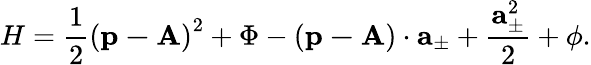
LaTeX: H=\frac{1}{2}\left(\mathbf{p-A}\right)^{2}+\Phi-\left(\mathbf{p-A}\right)\cdot\mathbf{a}_{\pm}+\frac{\mathbf{a}_{\pm}^{2}}{2}+\phi.